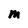
Character: M